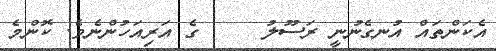
އެކަންތައް އުނގެނުނީ ރަސޫލު     ގެ އަރިއަހުންނެވެ. ކޮންމެ